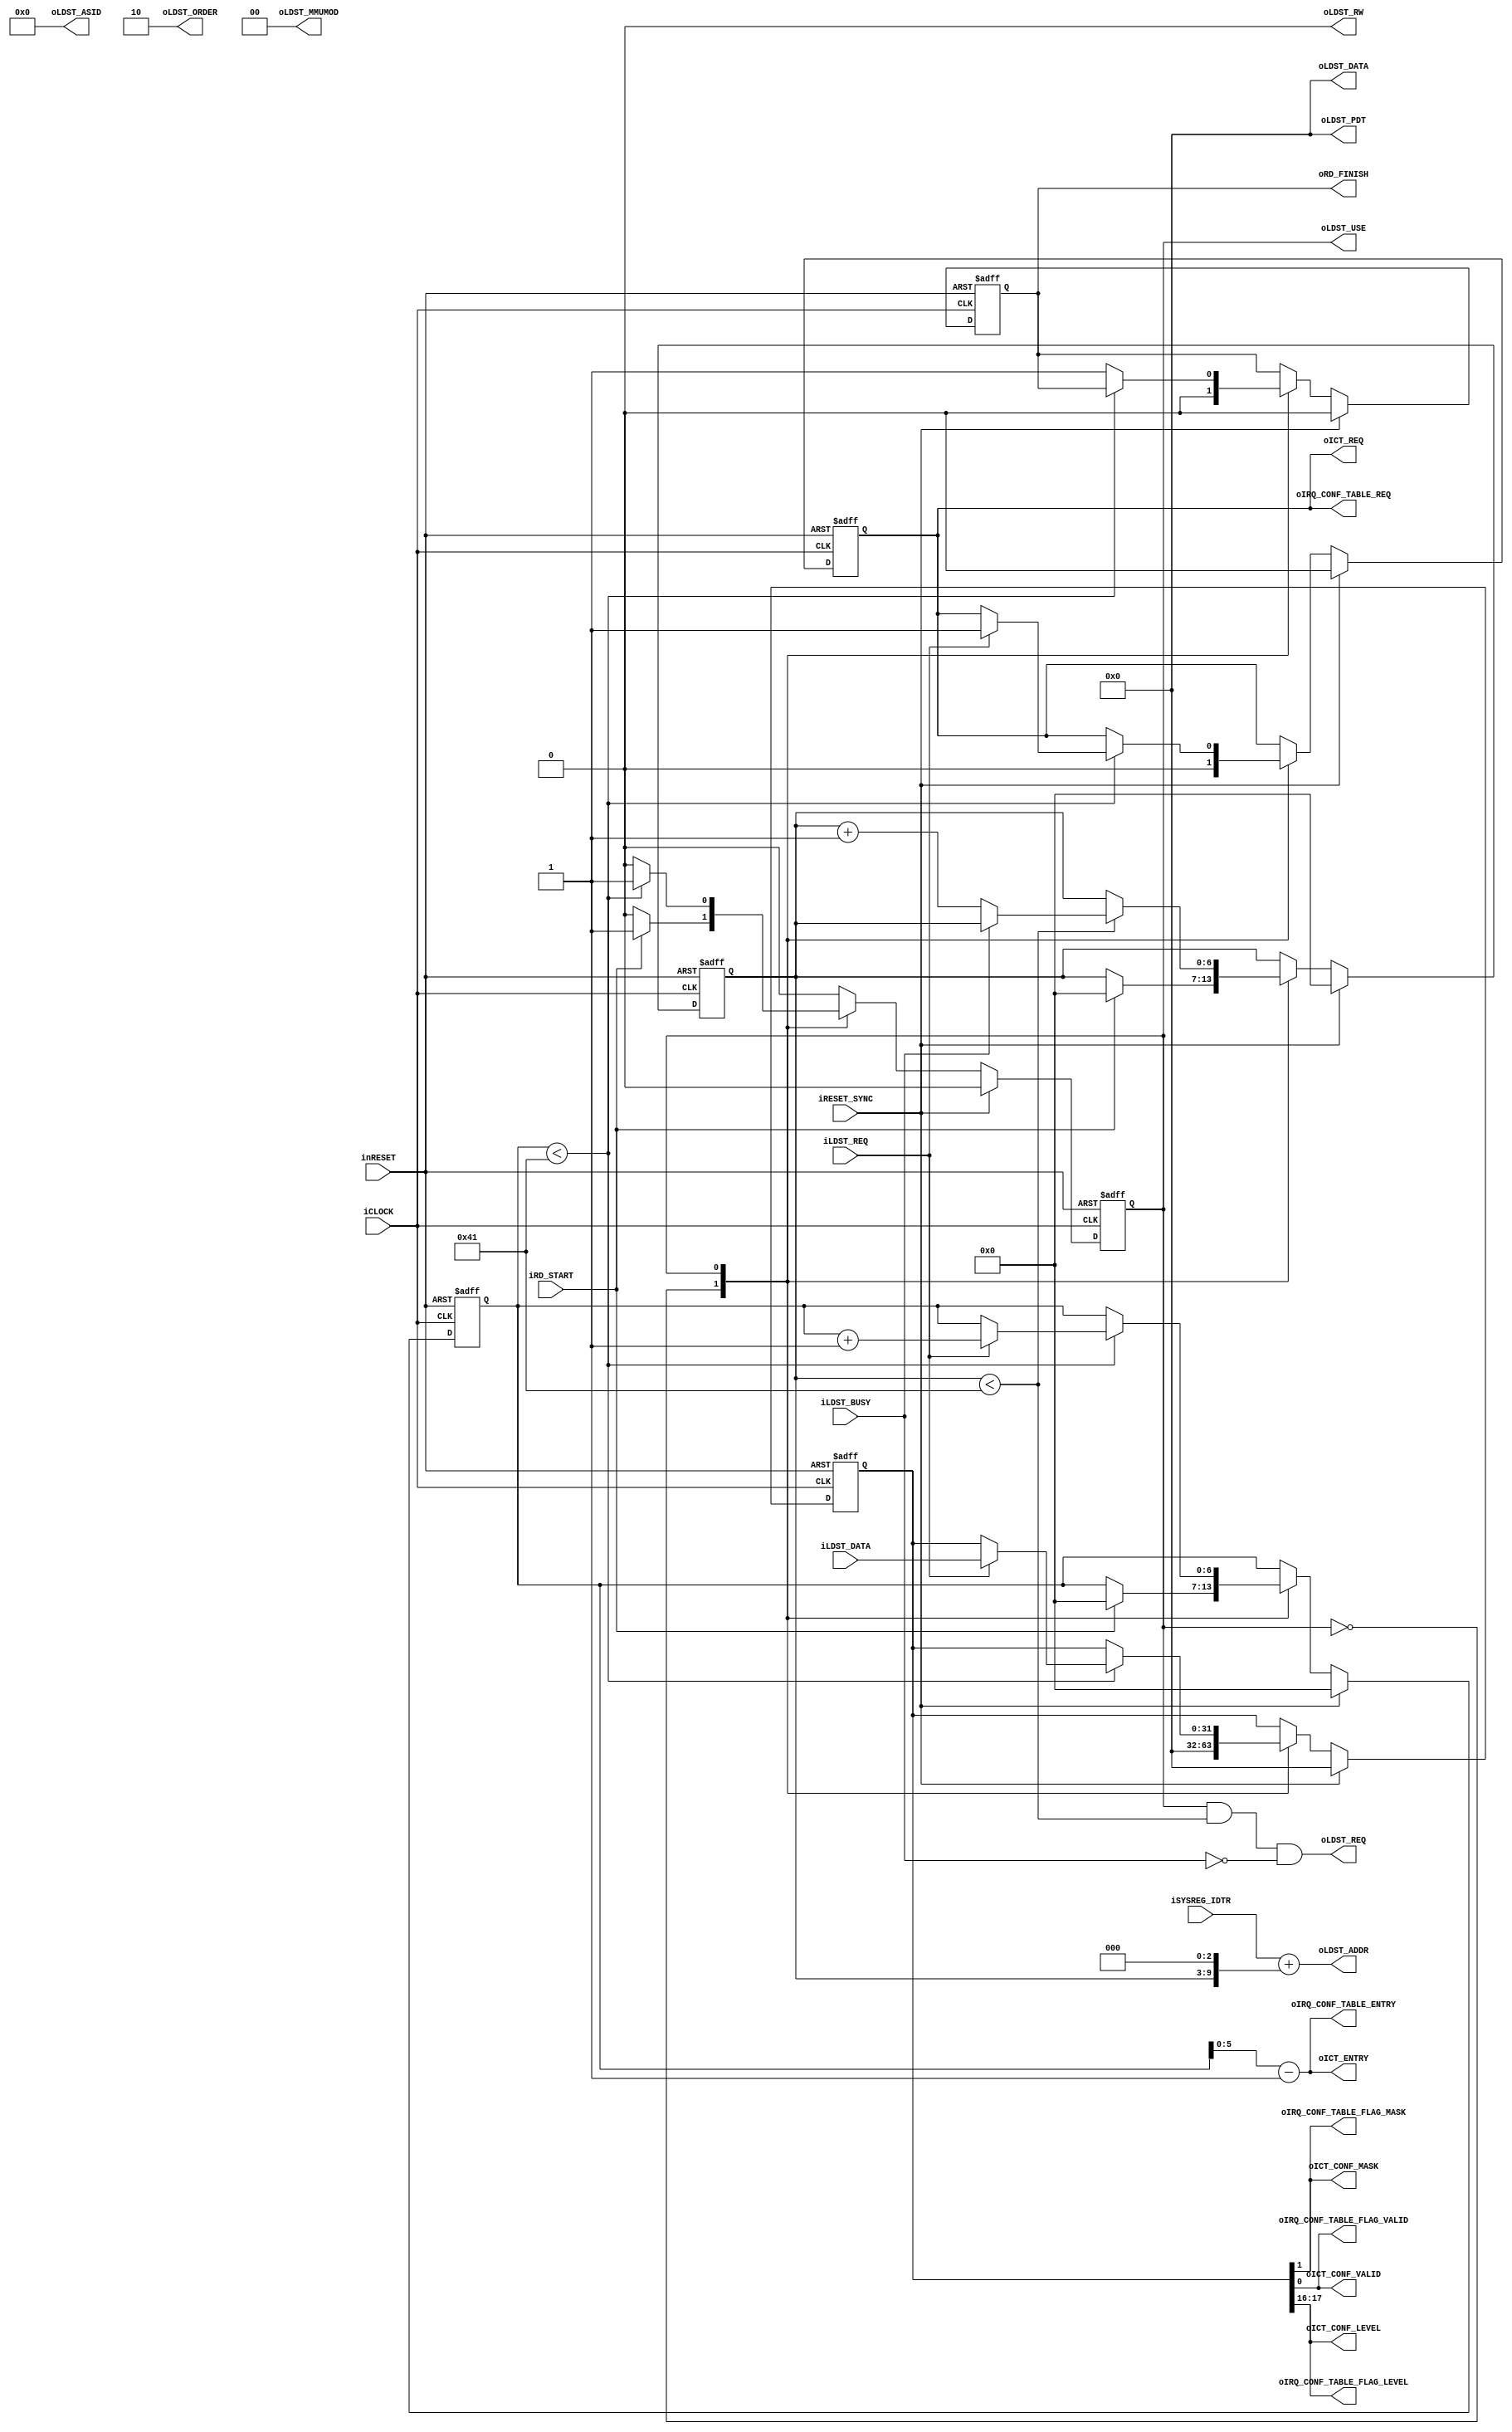
module pipeline_control_idt_read(
		input wire iCLOCK,
		input wire inRESET,
		input wire iRESET_SYNC,
		input wire [31:0] iSYSREG_IDTR,
		input wire iRD_START,
		output wire oRD_FINISH,
		output wire oLDST_USE,
		output wire oLDST_REQ,
		input wire iLDST_BUSY,
		output wire [1:0] oLDST_ORDER,	
		output wire oLDST_RW,		
		output wire [13:0] oLDST_ASID,
		output wire [1:0] oLDST_MMUMOD,
		output wire [31:0] oLDST_PDT,
		output wire [31:0] oLDST_ADDR,
		output wire [31:0] oLDST_DATA,
		input wire iLDST_REQ,
		input wire [31:0] iLDST_DATA,
		output wire oIRQ_CONF_TABLE_REQ,
		output wire [5:0] oIRQ_CONF_TABLE_ENTRY,
		output wire oIRQ_CONF_TABLE_FLAG_MASK,
		output wire oIRQ_CONF_TABLE_FLAG_VALID,
		output wire [1:0] oIRQ_CONF_TABLE_FLAG_LEVEL,
		output wire oICT_REQ,
		output wire [5:0] oICT_ENTRY,
		output wire oICT_CONF_MASK,
		output wire oICT_CONF_VALID,
		output wire [1:0] oICT_CONF_LEVEL
	);
	localparam L_PARAM_IDTREAD_STT_IDLE = 1'b0;
	localparam L_PARAM_IDTREAD_STT_LOAD = 1'b1;
	reg b_idt_read_state;
	reg [6:0] b_idt_read_counter;
	reg [6:0] b_idt_get_counter;
	reg b_idt_readend;
	reg b_idt_idt_data_valid;
	reg [31:0] b_idt_idt_data;
	always@(posedge iCLOCK or negedge inRESET)begin
		if(!inRESET)begin
			b_idt_read_state <= L_PARAM_IDTREAD_STT_IDLE;
			b_idt_read_counter <= 7'h0;
			b_idt_get_counter <= 7'h0;
			b_idt_readend <= 1'b0;
			b_idt_idt_data_valid <= 1'b0;
			b_idt_idt_data <= {32{1'b0}};
		end
		else if(iRESET_SYNC)begin
			b_idt_read_state <= L_PARAM_IDTREAD_STT_IDLE;
			b_idt_read_counter <= 7'h0;
			b_idt_get_counter <= 7'h0;
			b_idt_readend <= 1'b0;
			b_idt_idt_data_valid <= 1'b0;
			b_idt_idt_data <= {32{1'b0}};
		end
		else begin
			case(b_idt_read_state)
				L_PARAM_IDTREAD_STT_IDLE:
					begin
						if(iRD_START)begin
							b_idt_read_state <= L_PARAM_IDTREAD_STT_LOAD;
							b_idt_read_counter <= 7'h0;
							b_idt_get_counter <= 7'h0;
						end
						b_idt_readend <= 1'b0;
						b_idt_idt_data_valid <= 1'b0;
						b_idt_idt_data <= {32{1'b0}};
					end
				L_PARAM_IDTREAD_STT_LOAD:
					begin
						if(b_idt_read_counter < 7'd64 + 7'h1)begin
							if(!iLDST_BUSY)begin
								b_idt_read_counter <= b_idt_read_counter + 7'h1;
							end
						end
						if(b_idt_get_counter < 7'd64 + 7'h1)begin
							if(iLDST_REQ)begin
								b_idt_get_counter <= b_idt_get_counter + 7'h1;
								b_idt_idt_data_valid <= iLDST_REQ;
								b_idt_idt_data <= iLDST_DATA;
							end
						end
						else begin
							b_idt_readend <= 1'b1;
							b_idt_read_state <= L_PARAM_IDTREAD_STT_IDLE;
						end
					end
			endcase
		end
	end
	wire idt_read_condition = (b_idt_read_state == L_PARAM_IDTREAD_STT_LOAD) && (b_idt_read_counter < (7'd64 + 7'h1)) && !iLDST_BUSY;
	assign oRD_FINISH = b_idt_readend;
	assign oIRQ_CONF_TABLE_REQ = b_idt_idt_data_valid;
	assign oIRQ_CONF_TABLE_ENTRY = b_idt_get_counter[5:0] - 6'h1;
	assign oIRQ_CONF_TABLE_FLAG_MASK = b_idt_idt_data[1];
	assign oIRQ_CONF_TABLE_FLAG_VALID	= b_idt_idt_data[0];
	assign oIRQ_CONF_TABLE_FLAG_LEVEL	= b_idt_idt_data[17:16];
	assign oICT_REQ = b_idt_idt_data_valid;
	assign oICT_ENTRY = b_idt_get_counter[5:0] - 6'h1;
	assign oICT_CONF_MASK = b_idt_idt_data[1];
	assign oICT_CONF_VALID = b_idt_idt_data[0];
	assign oICT_CONF_LEVEL = b_idt_idt_data[17:16];
	assign oLDST_USE = b_idt_read_state == L_PARAM_IDTREAD_STT_LOAD;
	assign oLDST_REQ = idt_read_condition;
	assign oLDST_ORDER = 2'h2;	
	assign oLDST_RW = 1'b0;		
	assign oLDST_ASID = 14'h0;
	assign oLDST_MMUMOD = 2'h0;
	assign oLDST_PDT = 32'h0;
	assign oLDST_ADDR = iSYSREG_IDTR + {b_idt_read_counter, 3'h0};
	assign oLDST_DATA = 32'h0;
endmodule